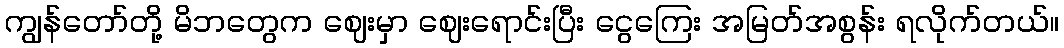
ကျွန်တော်တို့ မိဘတွေက ဈေးမှာ ဈေးရောင်းပြီး ငွေကြေး အမြတ်အစွန်း ရလိုက်တယ်။